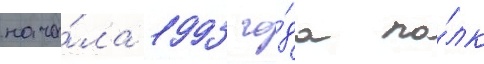
нача́ла 1993 го́да по́лк